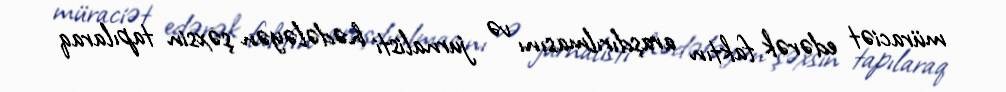
müraciət edərək faktın araşdırılmasını və jurnalisti hədələyən şəxsin tapılaraq